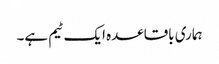
ہماری باقاعدہ ایک ٹیم ہے۔